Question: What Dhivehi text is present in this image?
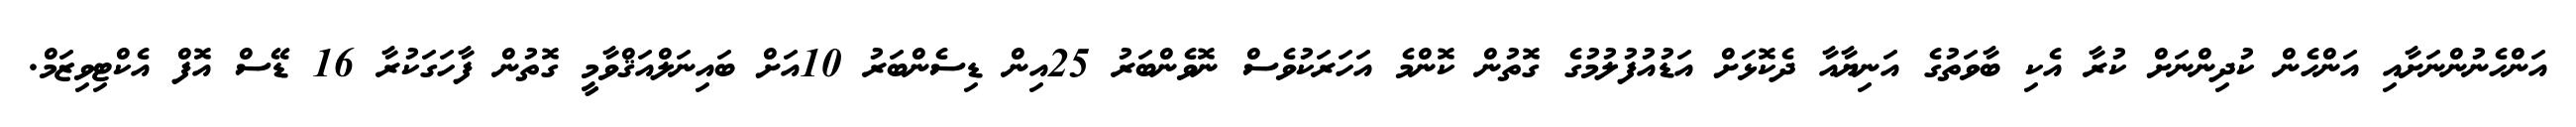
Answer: އަންހެނުންނަށާއި އަންހެން ކުދިންނަށް ކުރާ އެކި ބާވަތުގެ އަނިޔާއާ ދެކޮޅަށް އަޑުއުފުލުމުގެ ގޮތުން ކޮންމެ އަހަރަކުވެސް ނޮވެންބަރު 25އިން ޑިސެންބަރު 10އަށް ބައިނަލްއަޤްވާމީ ގޮތުން ފާހަގަކުރާ 16 ޑޭސް އޮފް އެކްޓިވިޒަމް.